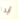
أيدا